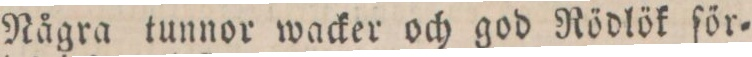
Några tunnor wacker och god Rödlök för=